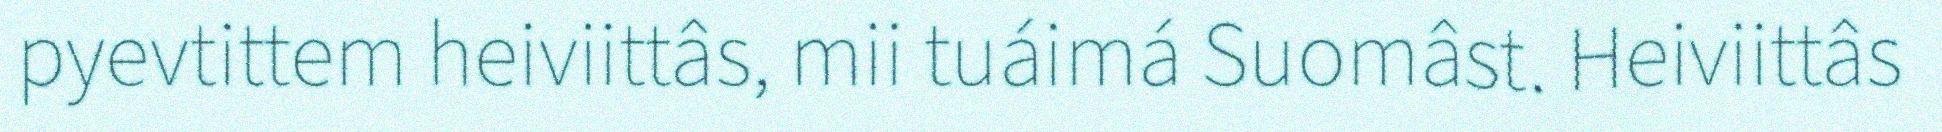
pyevtittem heiviittâs, mii tuáimá Suomâst. Heiviittâs